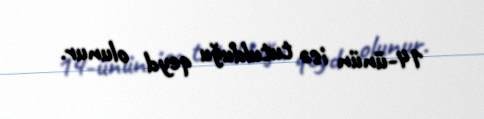
14-ünün isə tutulduğu qeyd olunur.